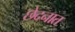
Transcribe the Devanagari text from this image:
छेदनात